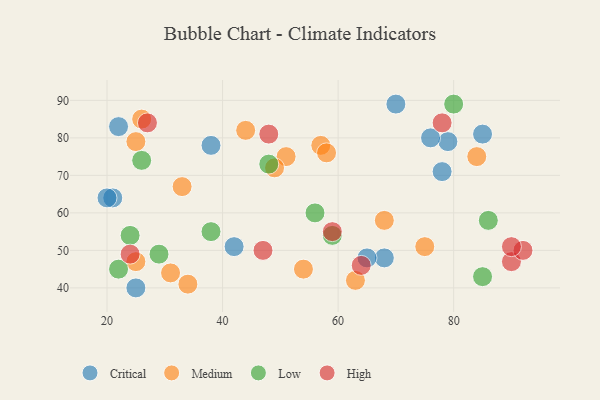
{"axis": {"x": "GDP", "y": "Life Expectancy"}, "legend": ["Critical", "High", "Low", "Medium"], "data": [{"x": "21", "y": 64, "type": "Critical"}, {"x": "22", "y": 83, "type": "Critical"}, {"x": "85", "y": 81, "type": "Critical"}, {"x": "25", "y": 40, "type": "Critical"}, {"x": "79", "y": 79, "type": "Critical"}, {"x": "68", "y": 48, "type": "Critical"}, {"x": "38", "y": 78, "type": "Critical"}, {"x": "70", "y": 89, "type": "Critical"}, {"x": "78", "y": 71, "type": "Critical"}, {"x": "65", "y": 48, "type": "Critical"}, {"x": "20", "y": 64, "type": "Critical"}, {"x": "42", "y": 51, "type": "Critical"}, {"x": "76", "y": 80, "type": "Critical"}, {"x": "31", "y": 44, "type": "Medium"}, {"x": "34", "y": 41, "type": "Medium"}, {"x": "54", "y": 45, "type": "Medium"}, {"x": "44", "y": 82, "type": "Medium"}, {"x": "84", "y": 75, "type": "Medium"}, {"x": "51", "y": 75, "type": "Medium"}, {"x": "25", "y": 47, "type": "Medium"}, {"x": "33", "y": 67, "type": "Medium"}, {"x": "63", "y": 42, "type": "Medium"}, {"x": "57", "y": 78, "type": "Medium"}, {"x": "25", "y": 79, "type": "Medium"}, {"x": "58", "y": 76, "type": "Medium"}, {"x": "26", "y": 85, "type": "Medium"}, {"x": "75", "y": 51, "type": "Medium"}, {"x": "68", "y": 58, "type": "Medium"}, {"x": "49", "y": 72, "type": "Medium"}, {"x": "59", "y": 54, "type": "Low"}, {"x": "56", "y": 60, "type": "Low"}, {"x": "80", "y": 89, "type": "Low"}, {"x": "48", "y": 73, "type": "Low"}, {"x": "86", "y": 58, "type": "Low"}, {"x": "38", "y": 55, "type": "Low"}, {"x": "29", "y": 49, "type": "Low"}, {"x": "85", "y": 43, "type": "Low"}, {"x": "24", "y": 54, "type": "Low"}, {"x": "26", "y": 74, "type": "Low"}, {"x": "22", "y": 45, "type": "Low"}, {"x": "47", "y": 50, "type": "High"}, {"x": "24", "y": 49, "type": "High"}, {"x": "48", "y": 81, "type": "High"}, {"x": "90", "y": 47, "type": "High"}, {"x": "92", "y": 50, "type": "High"}, {"x": "59", "y": 55, "type": "High"}, {"x": "90", "y": 51, "type": "High"}, {"x": "64", "y": 46, "type": "High"}, {"x": "78", "y": 84, "type": "High"}, {"x": "27", "y": 84, "type": "High"}]}